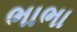
ભાભા